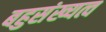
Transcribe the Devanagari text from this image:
बहुसंख्यत्व